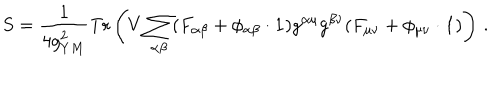
S = \frac { 1 } { 4 g _ { Y M } ^ { 2 } } \mathrm { T r } \left( V \sum _ { \alpha \beta } ( F _ { \alpha \beta } + \phi _ { \alpha \beta } \cdot { \bf 1 } ) g ^ { \alpha \mu } g ^ { \beta \nu } ( F _ { \mu \nu } + \phi _ { \mu \nu } \cdot { \bf 1 } ) \right) \, .